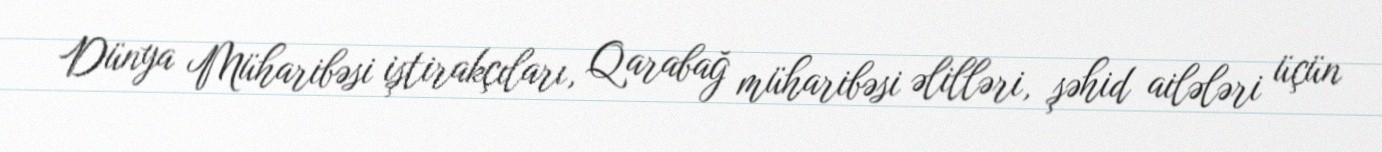
Dünya Müharibəsi iştirakçıları, Qarabağ müharibəsi əlilləri, şəhid ailələri üçün